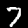
Digit: 7